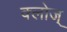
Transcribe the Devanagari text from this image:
क्लोज्